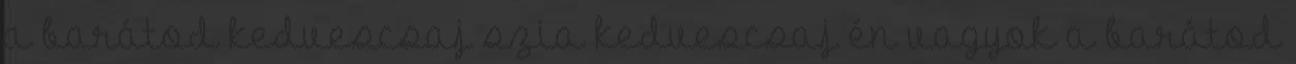
a barátod kedvescsaj szia kedvescsaj én vagyok a barátod